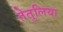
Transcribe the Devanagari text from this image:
तेतुलिया